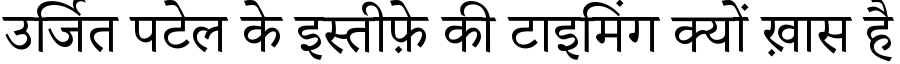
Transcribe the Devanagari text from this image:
उर्जित पटेल के इस्तीफ़े की टाइमिंग क्यों ख़ास है